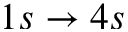
1 s \rightarrow 4 s